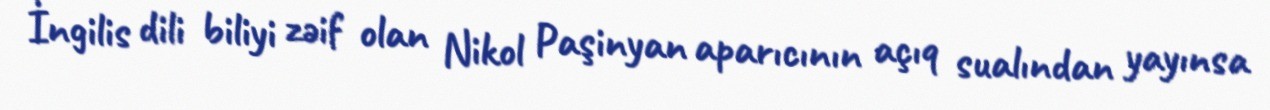
İngilis dili biliyi zəif olan Nikol Paşinyan aparıcının açıq sualından yayınsa